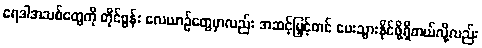
ရေဒါအသစ်တွေကို တိုင်ဖွန်း လေယာဉ်တွေမှာလည်း အဆင့်မြှင့်တင် ပေးသွားနိုင်ဖို့ရှိတယ်လို့လည်း